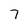
Character: 7